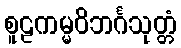
စူဠကမ္မဝိဘင်္ဂသုတ္တံ